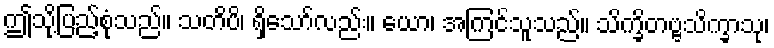
ဤသို့ပြည့်စုံသည်။ သတိပိ၊ ရှိသော်လည်း။ ယော၊ အကြင်သူသည်။ သိက္ခိတဗ္ဗသိက္ခာသု၊